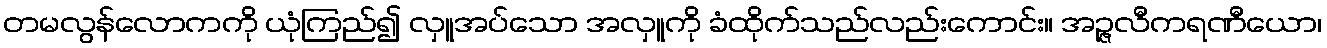
တမလွန်လောကကို ယုံကြည်၍ လှူအပ်သော အလှူကို ခံထိုက်သည်လည်းကောင်း။ အဉ္ဇလီကရဏီယော၊